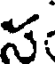
స